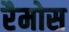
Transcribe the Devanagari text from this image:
रैमोस